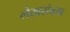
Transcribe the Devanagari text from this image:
लेखसंख्या